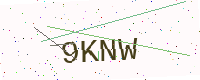
Text: 9KNW